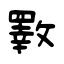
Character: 斁